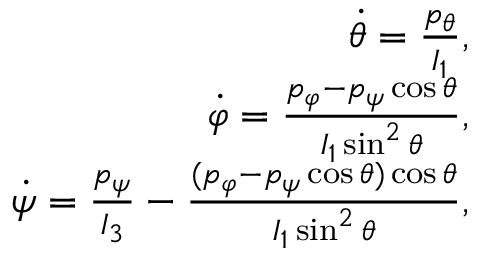
\begin{array} { r } { \dot { \theta } = \frac { p _ { \theta } } { I _ { 1 } } , } \\ { \dot { \varphi } = \frac { p _ { \varphi } - p _ { \psi } \cos \theta } { I _ { 1 } \sin ^ { 2 } \theta } , } \\ { \dot { \psi } = \frac { p _ { \psi } } { I _ { 3 } } - \frac { ( p _ { \varphi } - p _ { \psi } \cos \theta ) \cos \theta } { I _ { 1 } \sin ^ { 2 } \theta } , } \end{array}